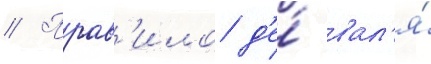
// Прав'ило д'е́ вал'я́